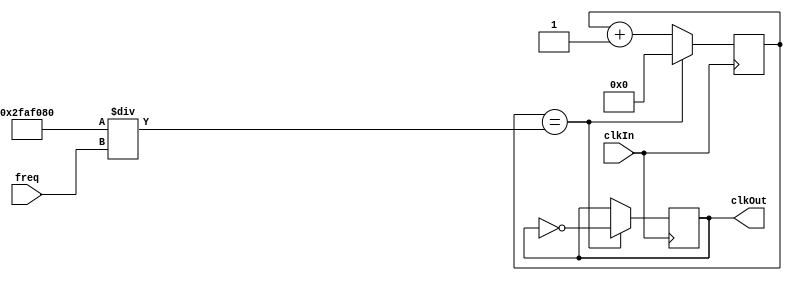
// DE0 Board has a 50MHz clk on board
module clkDivSel( clkIn, clkOut, freq );

	input clkIn;
	input[25:0] freq;
	output clkOut;
	reg clkOut;
	reg [25:0] count1;
	
	initial begin
		count1 <= 0;
		clkOut <= 0;
	end
	
	always@(posedge clkIn) begin
		count1 <= count1 + 1;
		if( count1 == 26'd50000000/freq ) begin	
			clkOut <= ~clkOut;
			count1 <= 26'd0;
		end
	end
	
endmodule